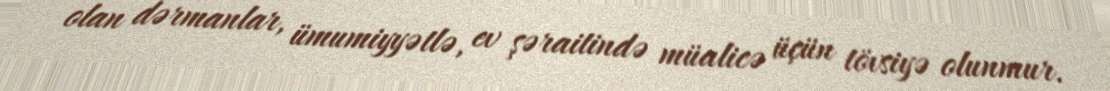
olan dərmanlar, ümumiyyətlə, ev şəraitində müalicə üçün tövsiyə olunmur.